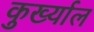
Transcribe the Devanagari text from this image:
कुर्ख्याल